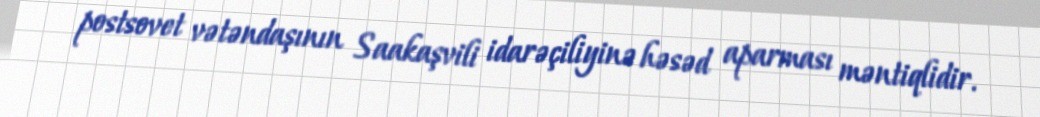
postsovet vətəndaşının Saakaşvili idarəçiliyinə həsəd aparması məntiqlidir.